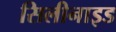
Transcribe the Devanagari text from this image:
सिलीनाइड